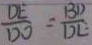
\frac { D E } { D O } = \frac { B D } { D C }